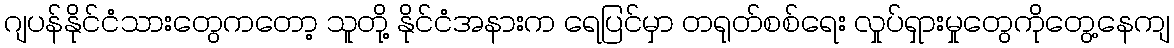
ဂျပန်နိုင်ငံသားတွေကတော့ သူတို့ နိုင်ငံအနားက ရေပြင်မှာ တရုတ်စစ်ရေး လှုပ်ရှားမှုတွေကိုတွေ့နေကျ